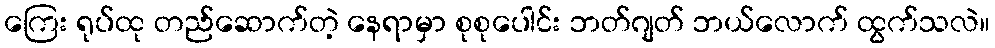
ကြေး ရုပ်ထု တည်ဆောက်တဲ့ နေရာမှာ စုစုပေါင်း ဘတ်ဂျတ် ဘယ်လောက် ထွက်သလဲ။